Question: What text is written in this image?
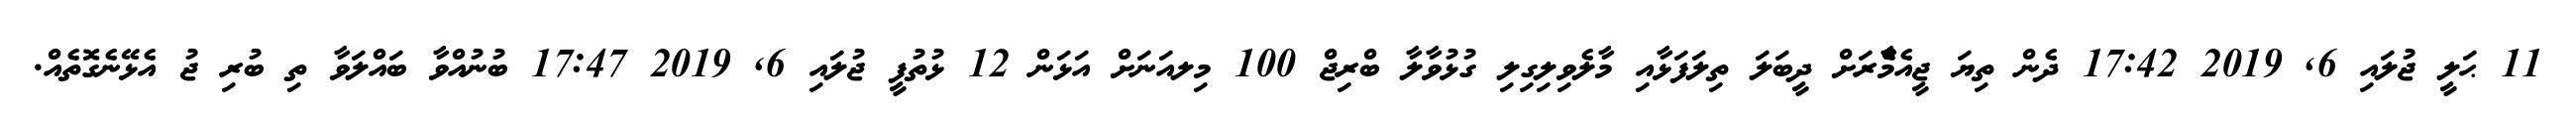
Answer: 11 ޙަލީ ޖުލައި 6, 2019 17:42 ދެން ތިޔަ ޖީއެމްެާރަށް ދީބަލަ ތިލަފަޅާއި މާލެވިލިގިލި ގުޅުވާލާ ބްރިޖް 100 މިލއަނަށް އަޅަން 12 ޅުތުފީ ޖުލައި 6, 2019 17:47 ބުނުއްވާ ބައްލަވާ ތި ބުރި ޖު އެޅޭނެގޮތެއް.